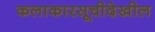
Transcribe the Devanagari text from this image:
कलाकारसूचीदेखील